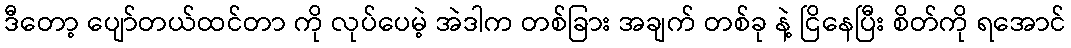
ဒီတော့ ပျော်တယ်ထင်တာ ကို လုပ်ပေမဲ့ အဲဒါက တစ်ခြား အချက် တစ်ခု နဲ့ ငြိနေပြီး စိတ်ကို ရအောင်